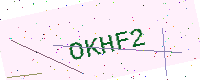
Text: OKHF2